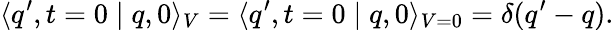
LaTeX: \langle q^{\prime},t=0\mid q,0\rangle_{V}=\langle q^{\prime},t=0\mid q,0\rangle_{V=0}=\delta(q^{\prime}-q).